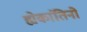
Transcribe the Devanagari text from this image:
ह्येकांतिनो